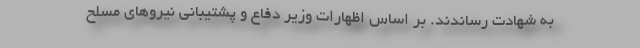
به شهادت رساندند. بر اساس اظهارات وزیر دفاع و پشتیبانی نیروهای مسلح